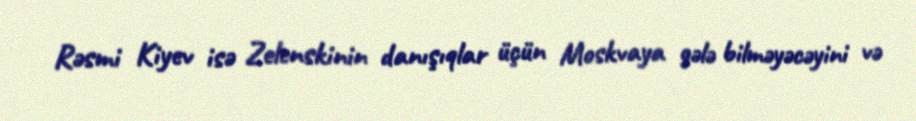
Rəsmi Kiyev isə Zelenskinin danışıqlar üçün Moskvaya gələ bilməyəcəyini və